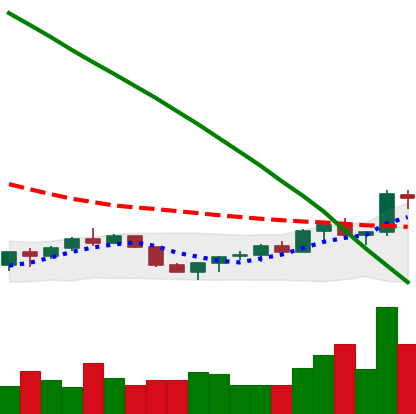
Ticker: EOS-USD
Chart end date: 2022-07-23
Forward return: 12.856%
Label: up_7plus